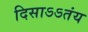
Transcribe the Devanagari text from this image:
दिसाऽऽतंय